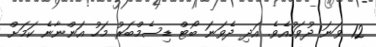
12 ވަނަ ދުވަހުއެވެ. އަދި ދެވަނަ ބޯޓް ޑިސެމްބަރު މަހު އަންނާނެ ކަމަށް